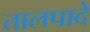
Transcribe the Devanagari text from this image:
तालपादे